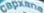
CAPXANA